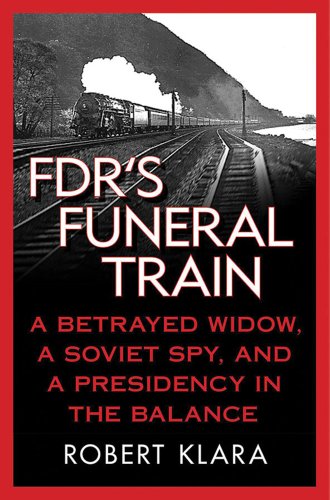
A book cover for FDR's Funeral Train: A Betrayed Widow, a Soviet Spy, and a Presidency in the Balance; Robert Klara; Travel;